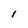
Character: l